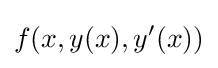
f(x,y(x),y'(x))